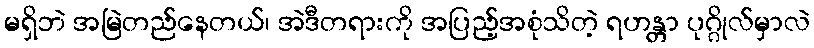
မရှိဘဲ အမြဲတည်နေတယ်၊ အဲဒီတရားကို အပြည့်အစုံသိတဲ့ ရဟန္တာ ပုဂ္ဂိုလ်မှာလဲ